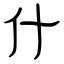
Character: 什